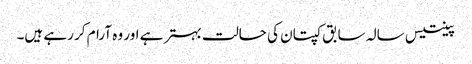
پینتیس سالہ سابق کپتان کی حالت بہتر ہے اور وہ آرام کر رہے ہیں۔